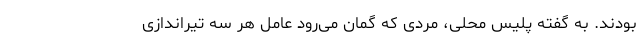
بودند. به گفته پلیس محلی، مردی که گمان می‌رود عامل هر سه تیراندازی